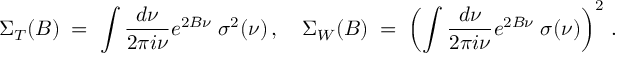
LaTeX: \Sigma _ { T } ( B ) \; = \; \int \frac { d \nu } { 2 \pi i \nu } e ^ { 2 B \nu } \; \sigma ^ { 2 } ( \nu ) \, , \quad \Sigma _ { W } ( B ) \; = \; \left( \int \frac { d \nu } { 2 \pi i \nu } e ^ { 2 B \nu } \; \sigma ( \nu ) \right) ^ { 2 } \, .